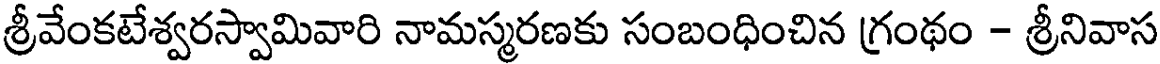
శ్రీవేంకటేశ్వరస్వామివారి నామస్మరణకు సంబంధించిన గ్రంథం - శ్రీనివాస